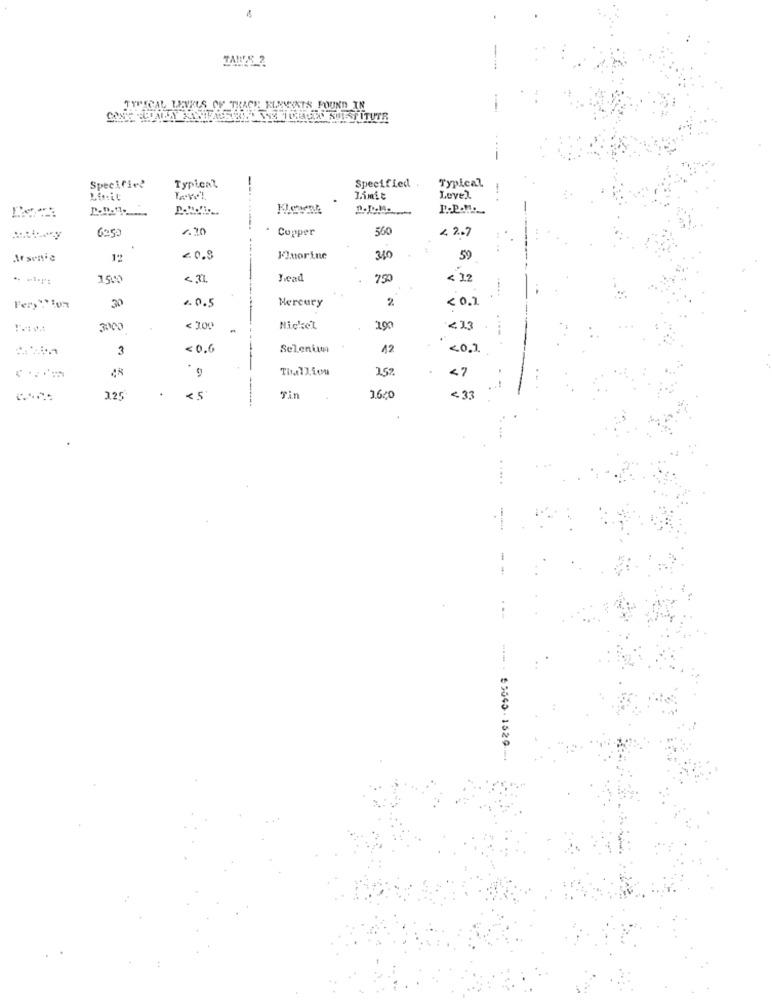
TYPICAL LEVELS OF TRACE ELNMINTS FOUND IN
Typical
Specifico
Typical
Specified .
TAVOL
Limit
Level
1.20
Copper
560
4 2.7
6:50
Ausente
12
≤0.9
Fluorine
310
59
1500
Yead
< 12
....
€.0.5
Mercury
2
<0.1
Fery "Tion
3000
< 300
Nickel
190
3
<0.6
Selenum
42
<0.1
Thalliou
2.5%.
125
Tin
1.600
---- . 85640- 1529